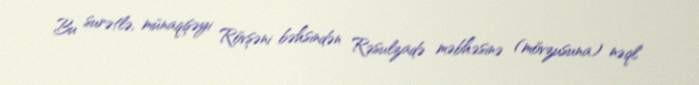
Bu surətlə, münaqişəyi Rövşəni bəhsindən Rəsulzadə məbhəsinə (mövzusuna) nəql